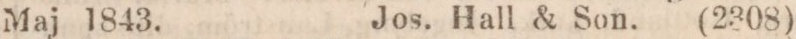
Maj 1843.    Jos. Hall & Son. (2308)